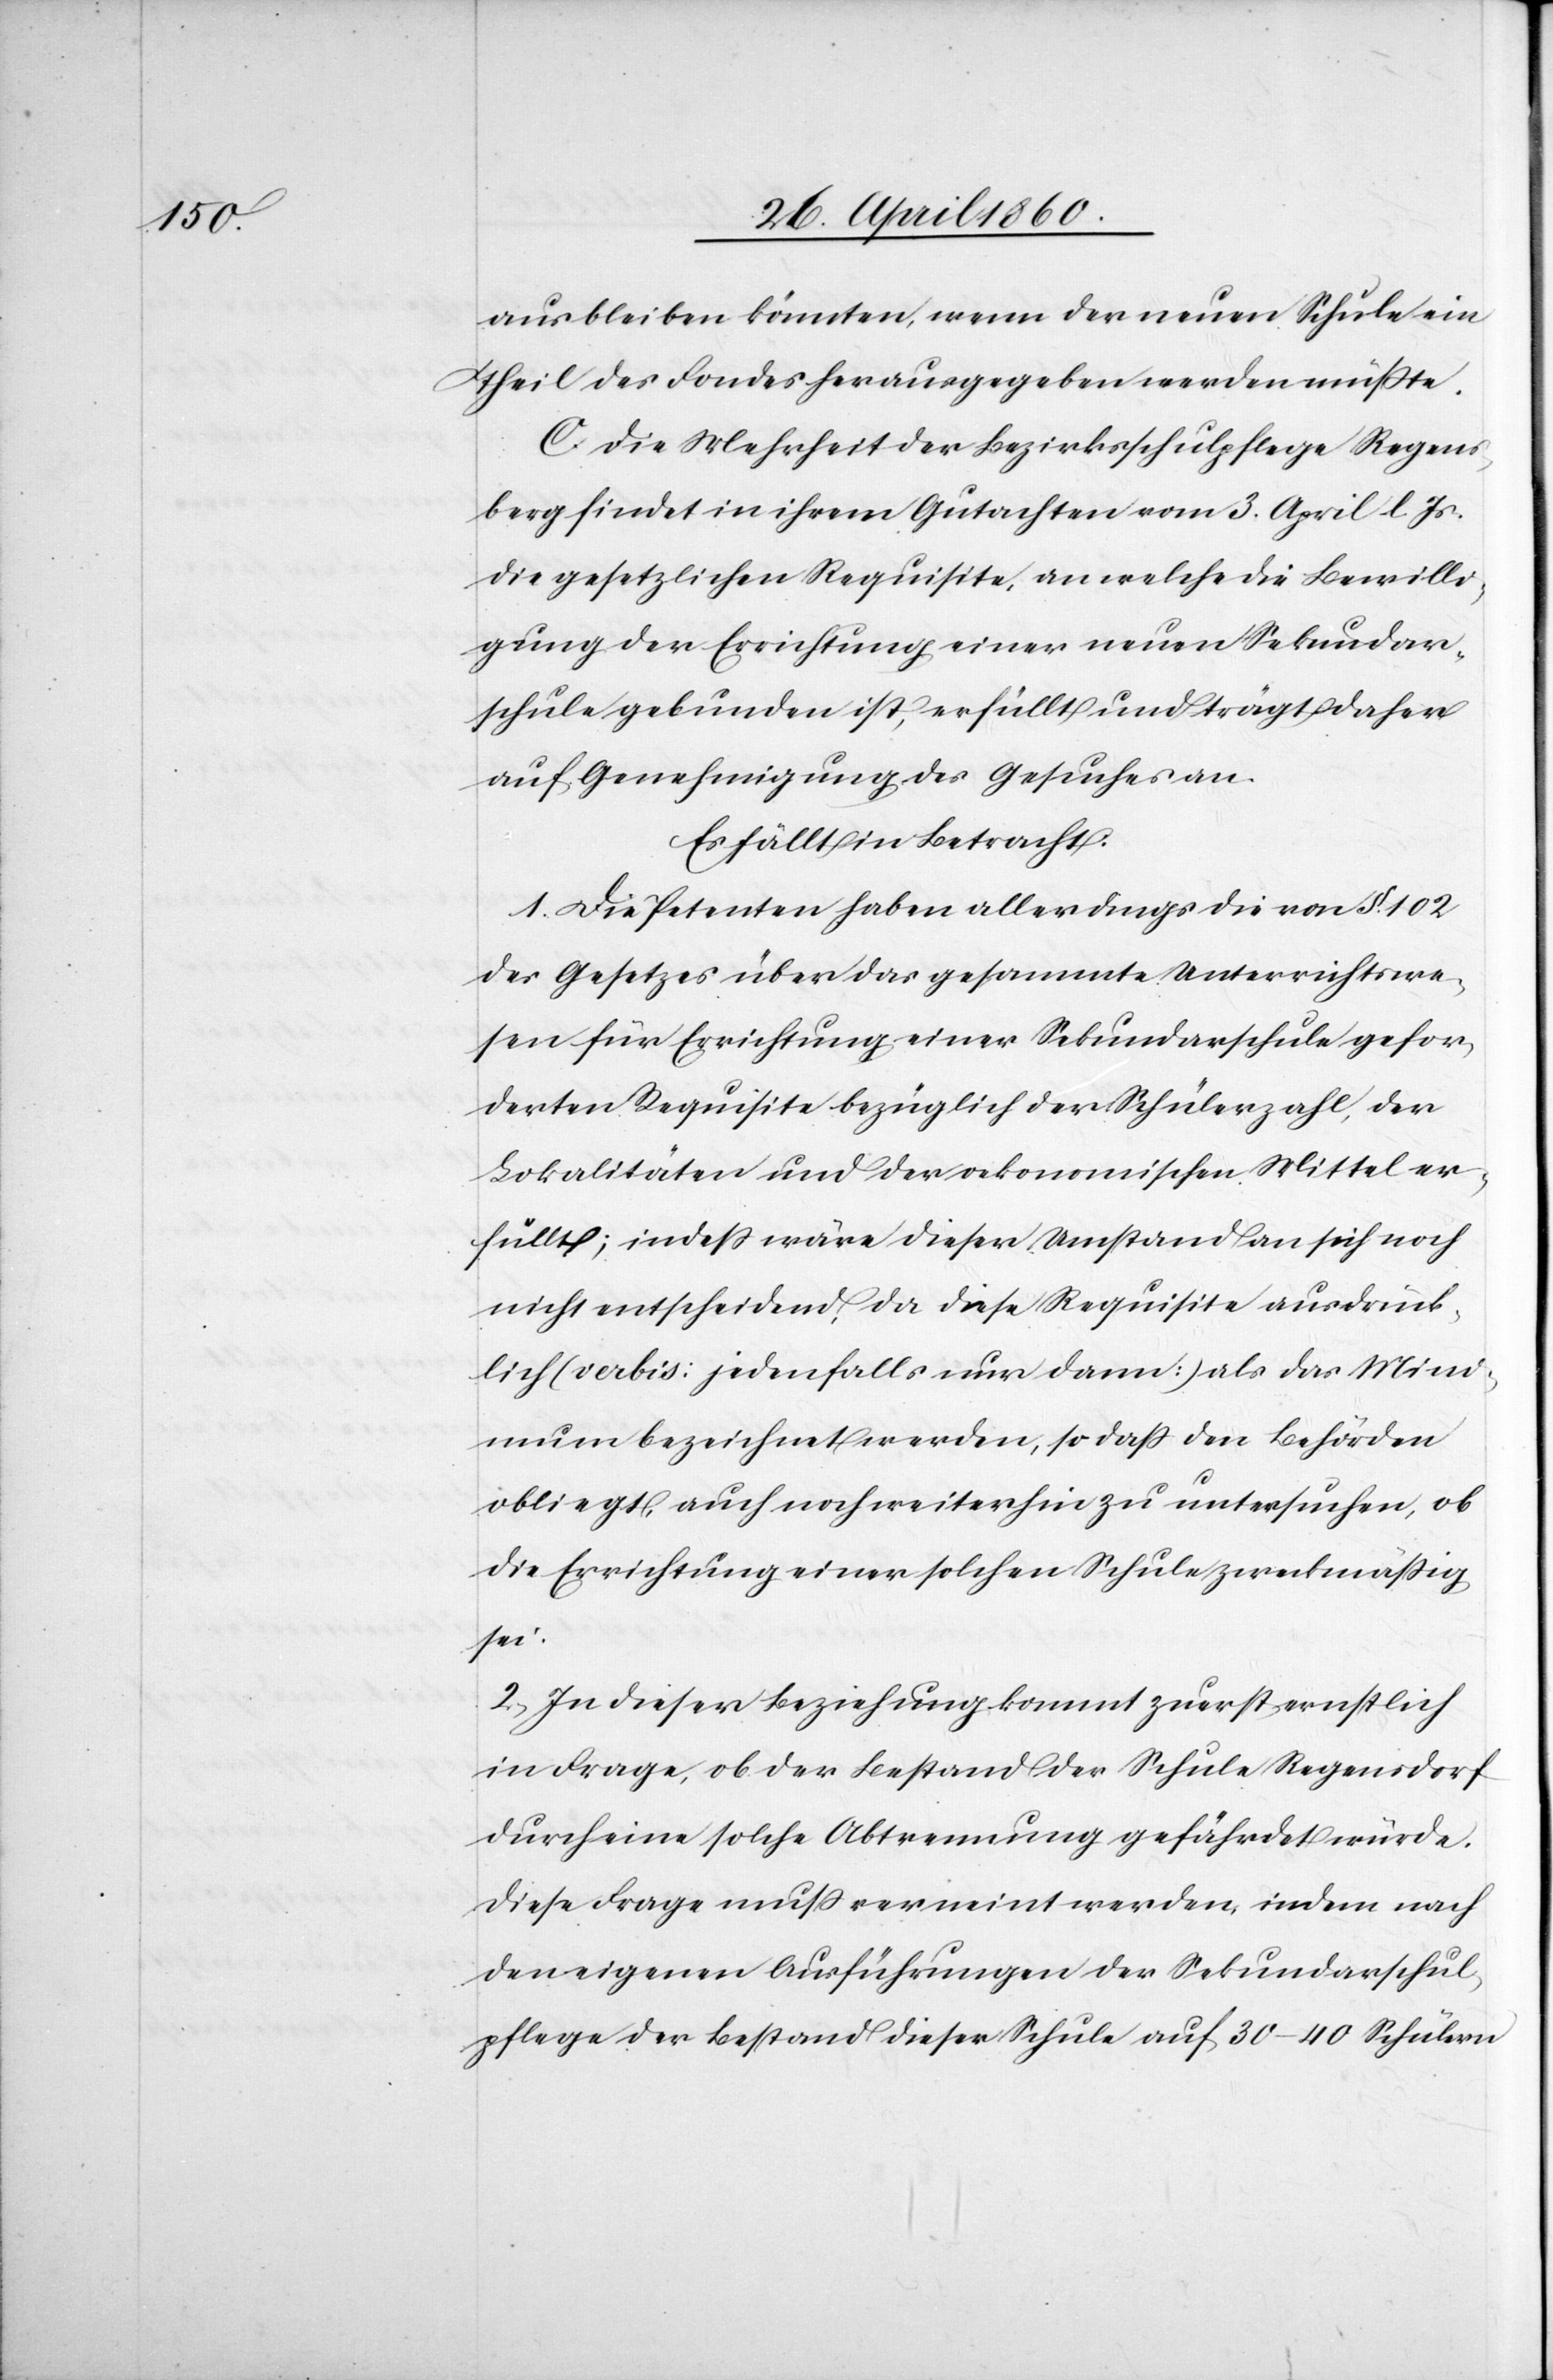
ausbleiben könnten, wenn der neuen Schule ein
Theil des Fondes herausgegeben werden müsste.
C. Die Mehrheit der Bezirksschulpflege Regens¬
dorf findet in ihrem Gutachten vom 3. April l. Js.
die gesetzlichen Requisite, an welche die Bewilli¬
gung der Errichtung einer neuen Sekundar¬
schule gebunden ist, erfüllt und trägt daher
auf Genehmigung des Gesuches an.
Es fällt in Betracht.
1. Die Petenten haben allerdings die von §. 102
des Gesetzes über das gesammte Unterrichtswe¬
sen für Errichtung einer Sekundarschule gefor¬
derten Requisite bezüglich der Schülerzahl, der
Lokalitäten und der oekonomischen Mittel er¬
füllt; indess wäre dieser Umstand an sich noch
nicht entscheidend, da diese Requisite ausdrück¬
lich (verbis: jedenfalls nur dann) also das Mini¬
mum bezeichnet werden, so daß den Behörden
obliegt, auch noch weiter hin zu untersuchen, ob
die Errichtung einer solchen Schule zweckmässig
sei.
2, In dieser Beziehung kommt zuerst ernstlich
in Frage, ob der Bestand der Schule Regensdorf
durch eine solche Abtrennung gefährdet würde.
Diese Frage muss verneint werden, indem nach
den eigenen Ausführungen der Sekundarschul¬
pflege der Bestand dieser Schule auf 30–40 Schülern